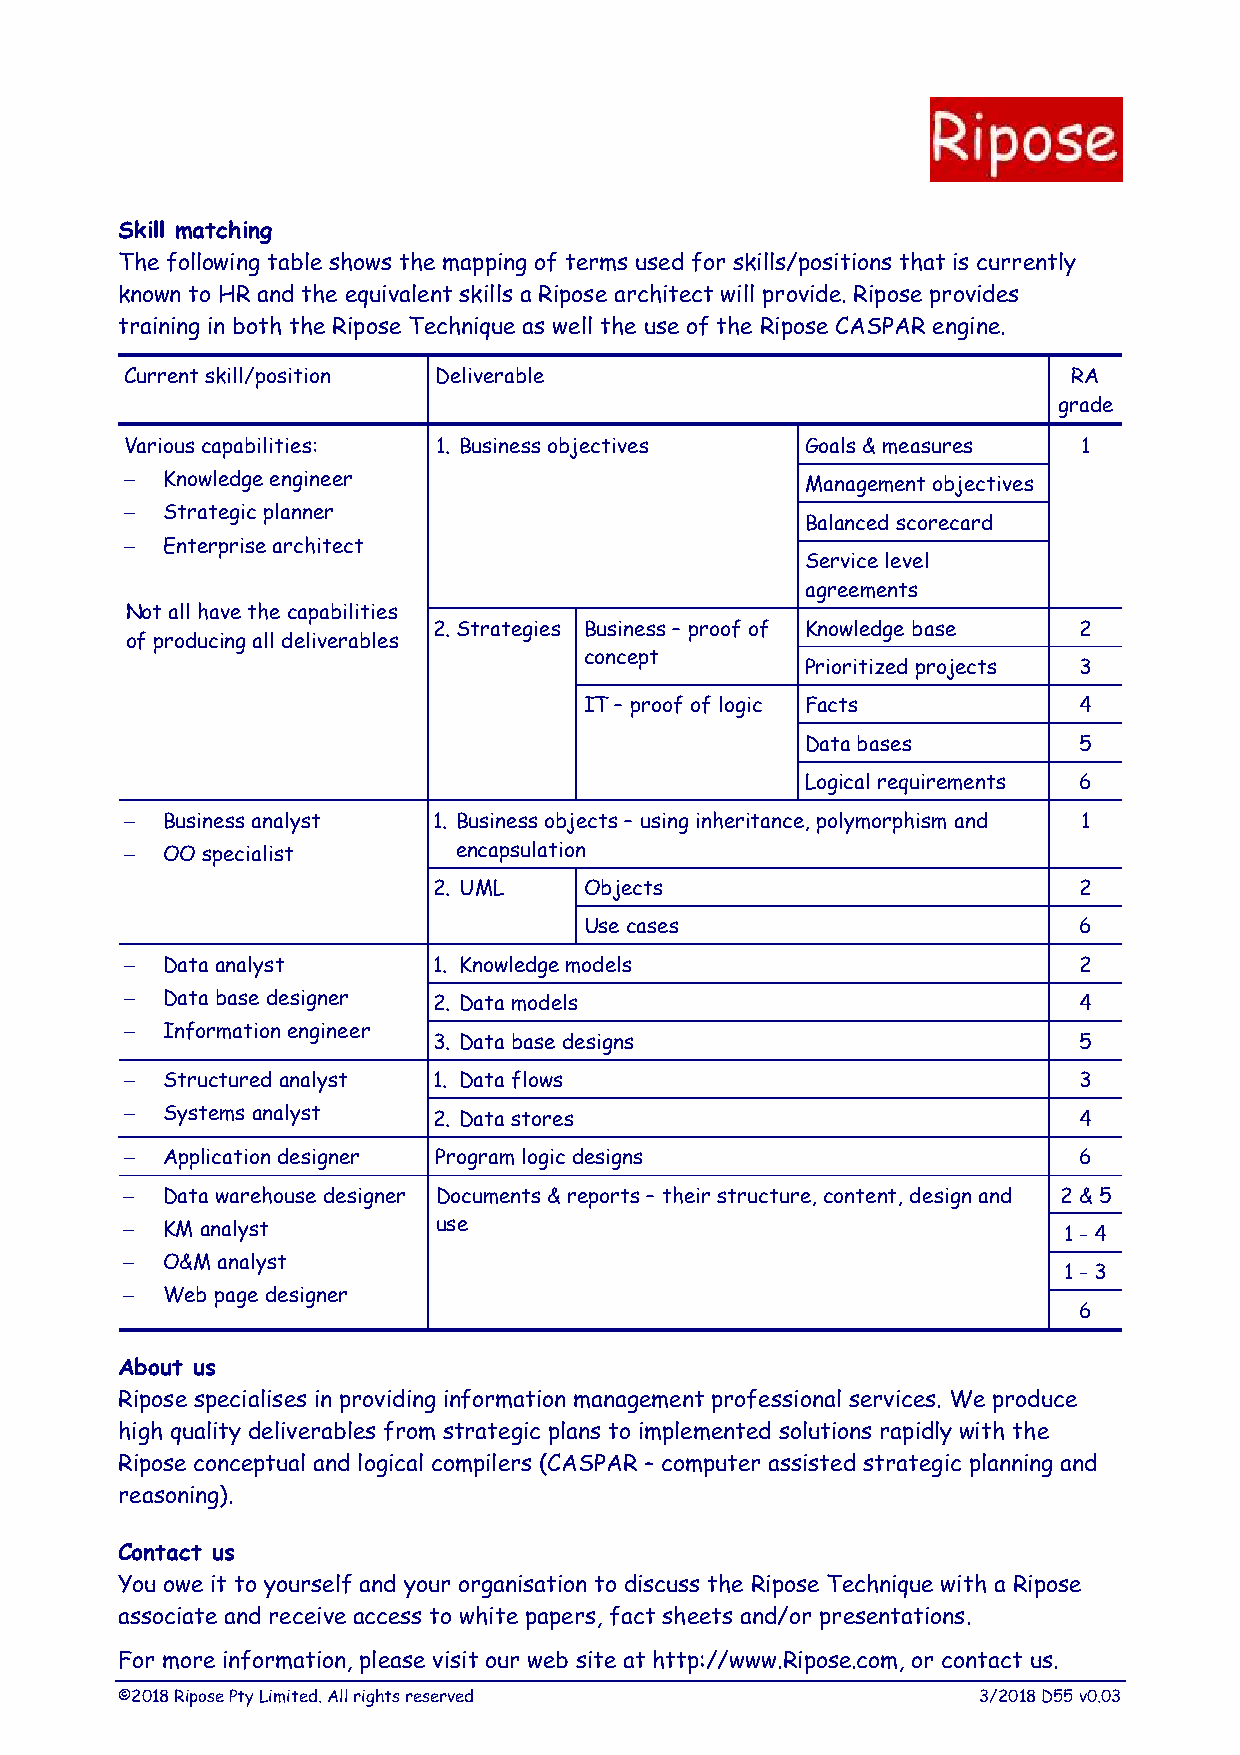
Skill matching
 The following table shows the mapping of terms used for skills/positions that is currently
 known to HR and the equivalent skills a Ripose architect will provide. Ripose provides
 training in both the Ripose Technique as well the use of the Ripose CASPAR engine.
 Currentskill/position Deliverable                              RA
 grade
 Variouscapabilities: 1. Businessobjectives   Goals& measures    1
   Knowledgeengineer                         Managementobjectives
   Strategic planner
 Balanced scorecard
   Enterprisearchitect
 Servicelevel
 agreements
 Notall havethecapabilities
 2.Strategies Business– proofof Knowledgebase 2
 ofproducingall deliverables
 concept
 Prioritized projects 3
 IT– proofoflogic Facts          4
 Databases         5
 Logical requirements 6
   Business analyst  1. Businessobjects– usinginheritance,polymorphism and 1
   OO specialist      encapsulation
 2. UML    Objects                         2
 Usecases                        6
   Dataanalyst       1. Knowledgemodels                        2
   Databasedesigner  2. Datamodels                             4
   Informationengineer
 3. Databasedesigns                        5
   Structured analyst 1. Dataflows                             3
   Systems analyst   2. Datastores                             4
   Applicationdesigner Programlogic designs                    6
   Data warehousedesigner Documents&reports– their structure,content,designand 2 &5
   KManalyst         use                                      1-4
   O&Manalyst
 1-3
   Webpagedesigner
 6
 About us
 Ripose specialises in providing information management professional services. We produce
 high quality deliverables from strategic plans to implemented solutions rapidly with the
 Ripose conceptual and logical compilers (CASPAR – computer assisted strategic planning and
 reasoning).
 Contact us
 You owe it to yourself and your organisation to discuss the Ripose Technique with a Ripose
 associate and receive access to white papers, fact sheets and/or presentations.
 For more information, please visit our web site at http://www.Ripose.com, or contact us.
 ©2018RiposePtyLimited.Allrightsreserved                  3/2018D55v0.03